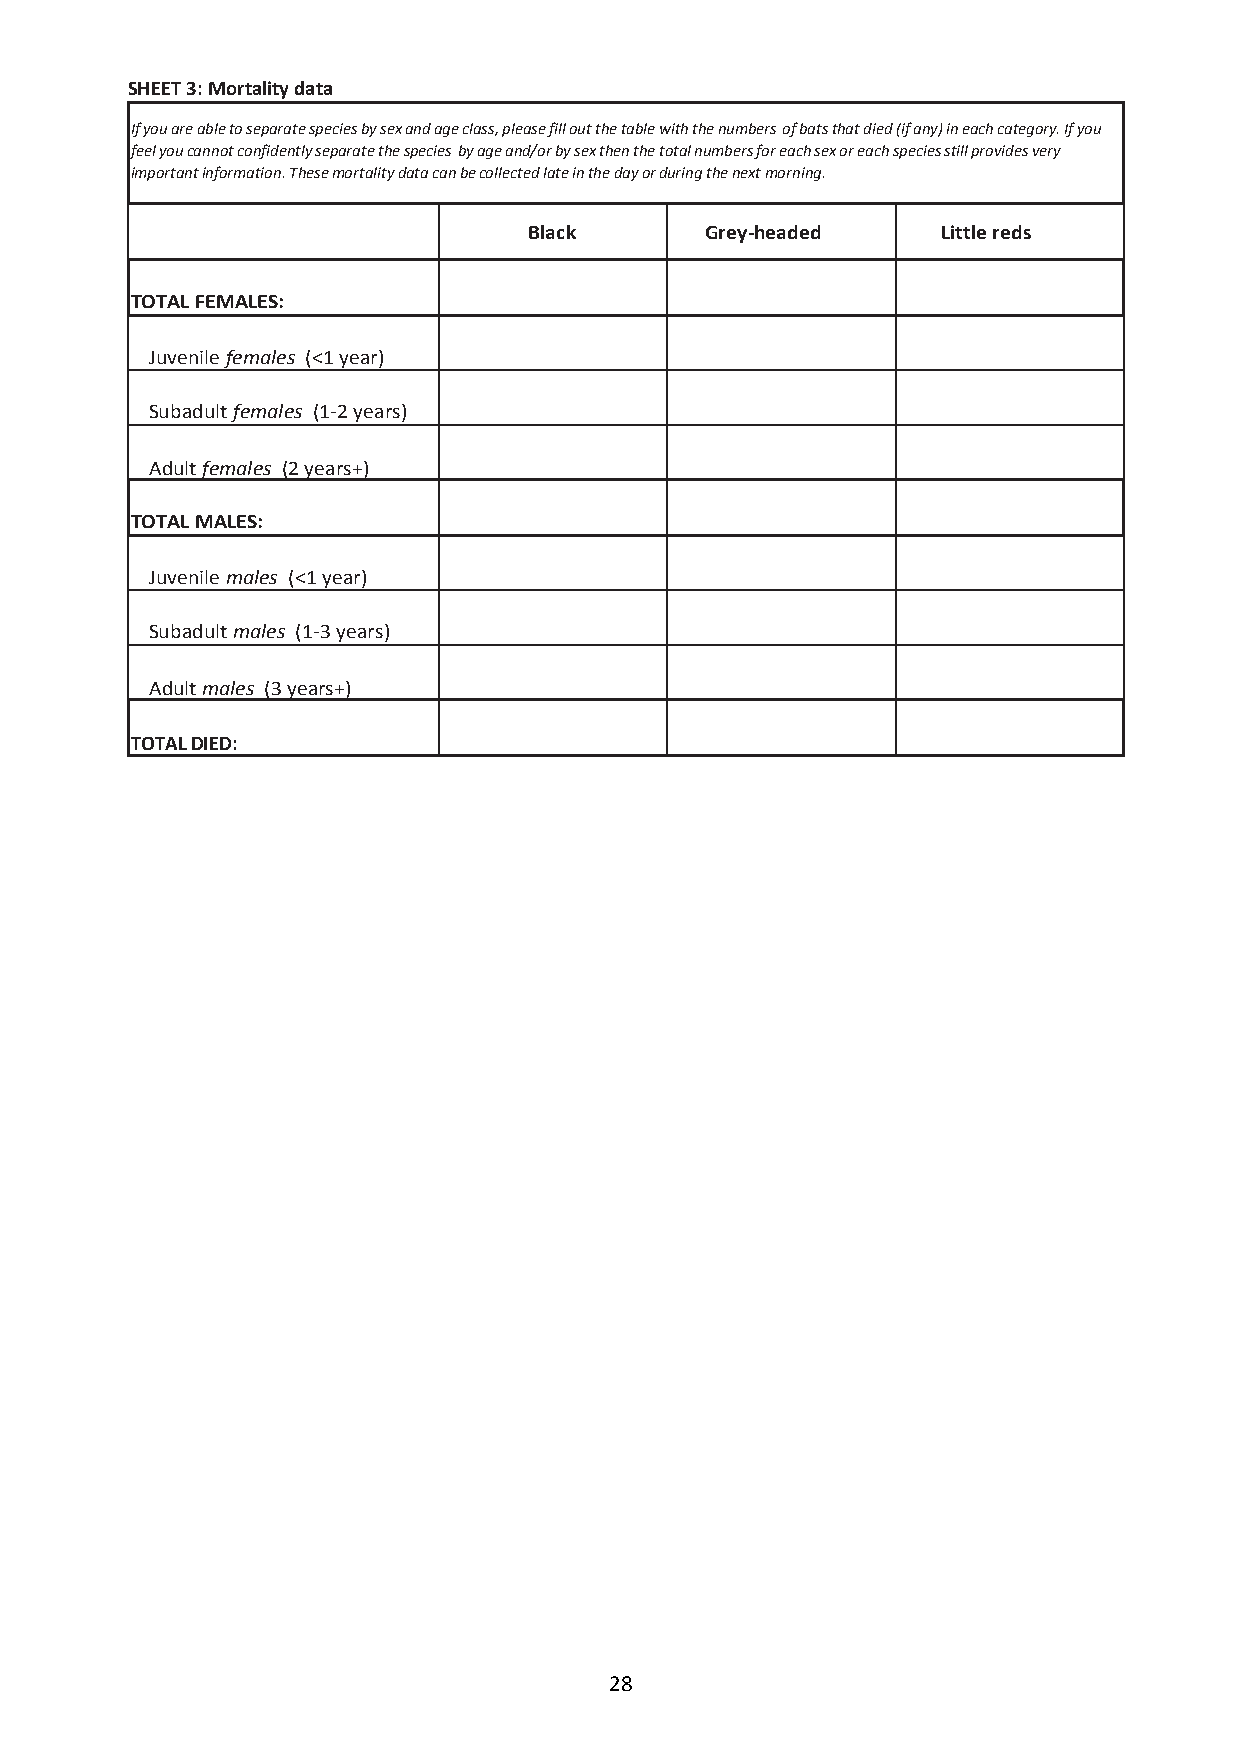
SHEET 3: Mortality data
 If you are able to separate species by sex and age class, please fill out the table with the numbers of bats that died (if any) in each category. If you
 feel you cannot confidently separate the species by age and/or by sex then the total numbers for each sex or each species still provides very
 important information. These mortality data can be collected late in the day or during the next morning.
 Black       Grey-headed    Little reds
 TOTAL FEMALES:
 Juvenile females (<1 year)
 Subadult females (1-2 years)
 Adult females (2 years+)
 TOTAL MALES:
 Juvenile males (<1 year)
 Subadult males (1-3 years)
 Adult males (3 years+)
 TOTAL DIED:
 28